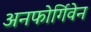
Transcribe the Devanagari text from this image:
अनफोर्गिवेन